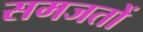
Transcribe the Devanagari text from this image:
समजतों